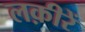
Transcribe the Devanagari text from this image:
लक़ीरें